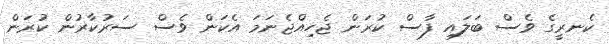
ކެނރީގެ ވެސް ބަލައި ފާސް ކުރަން ޖެހިއްޖެނަމަ އެކަން ވެސް ސަރުކާރުން ކުރަން